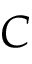
C